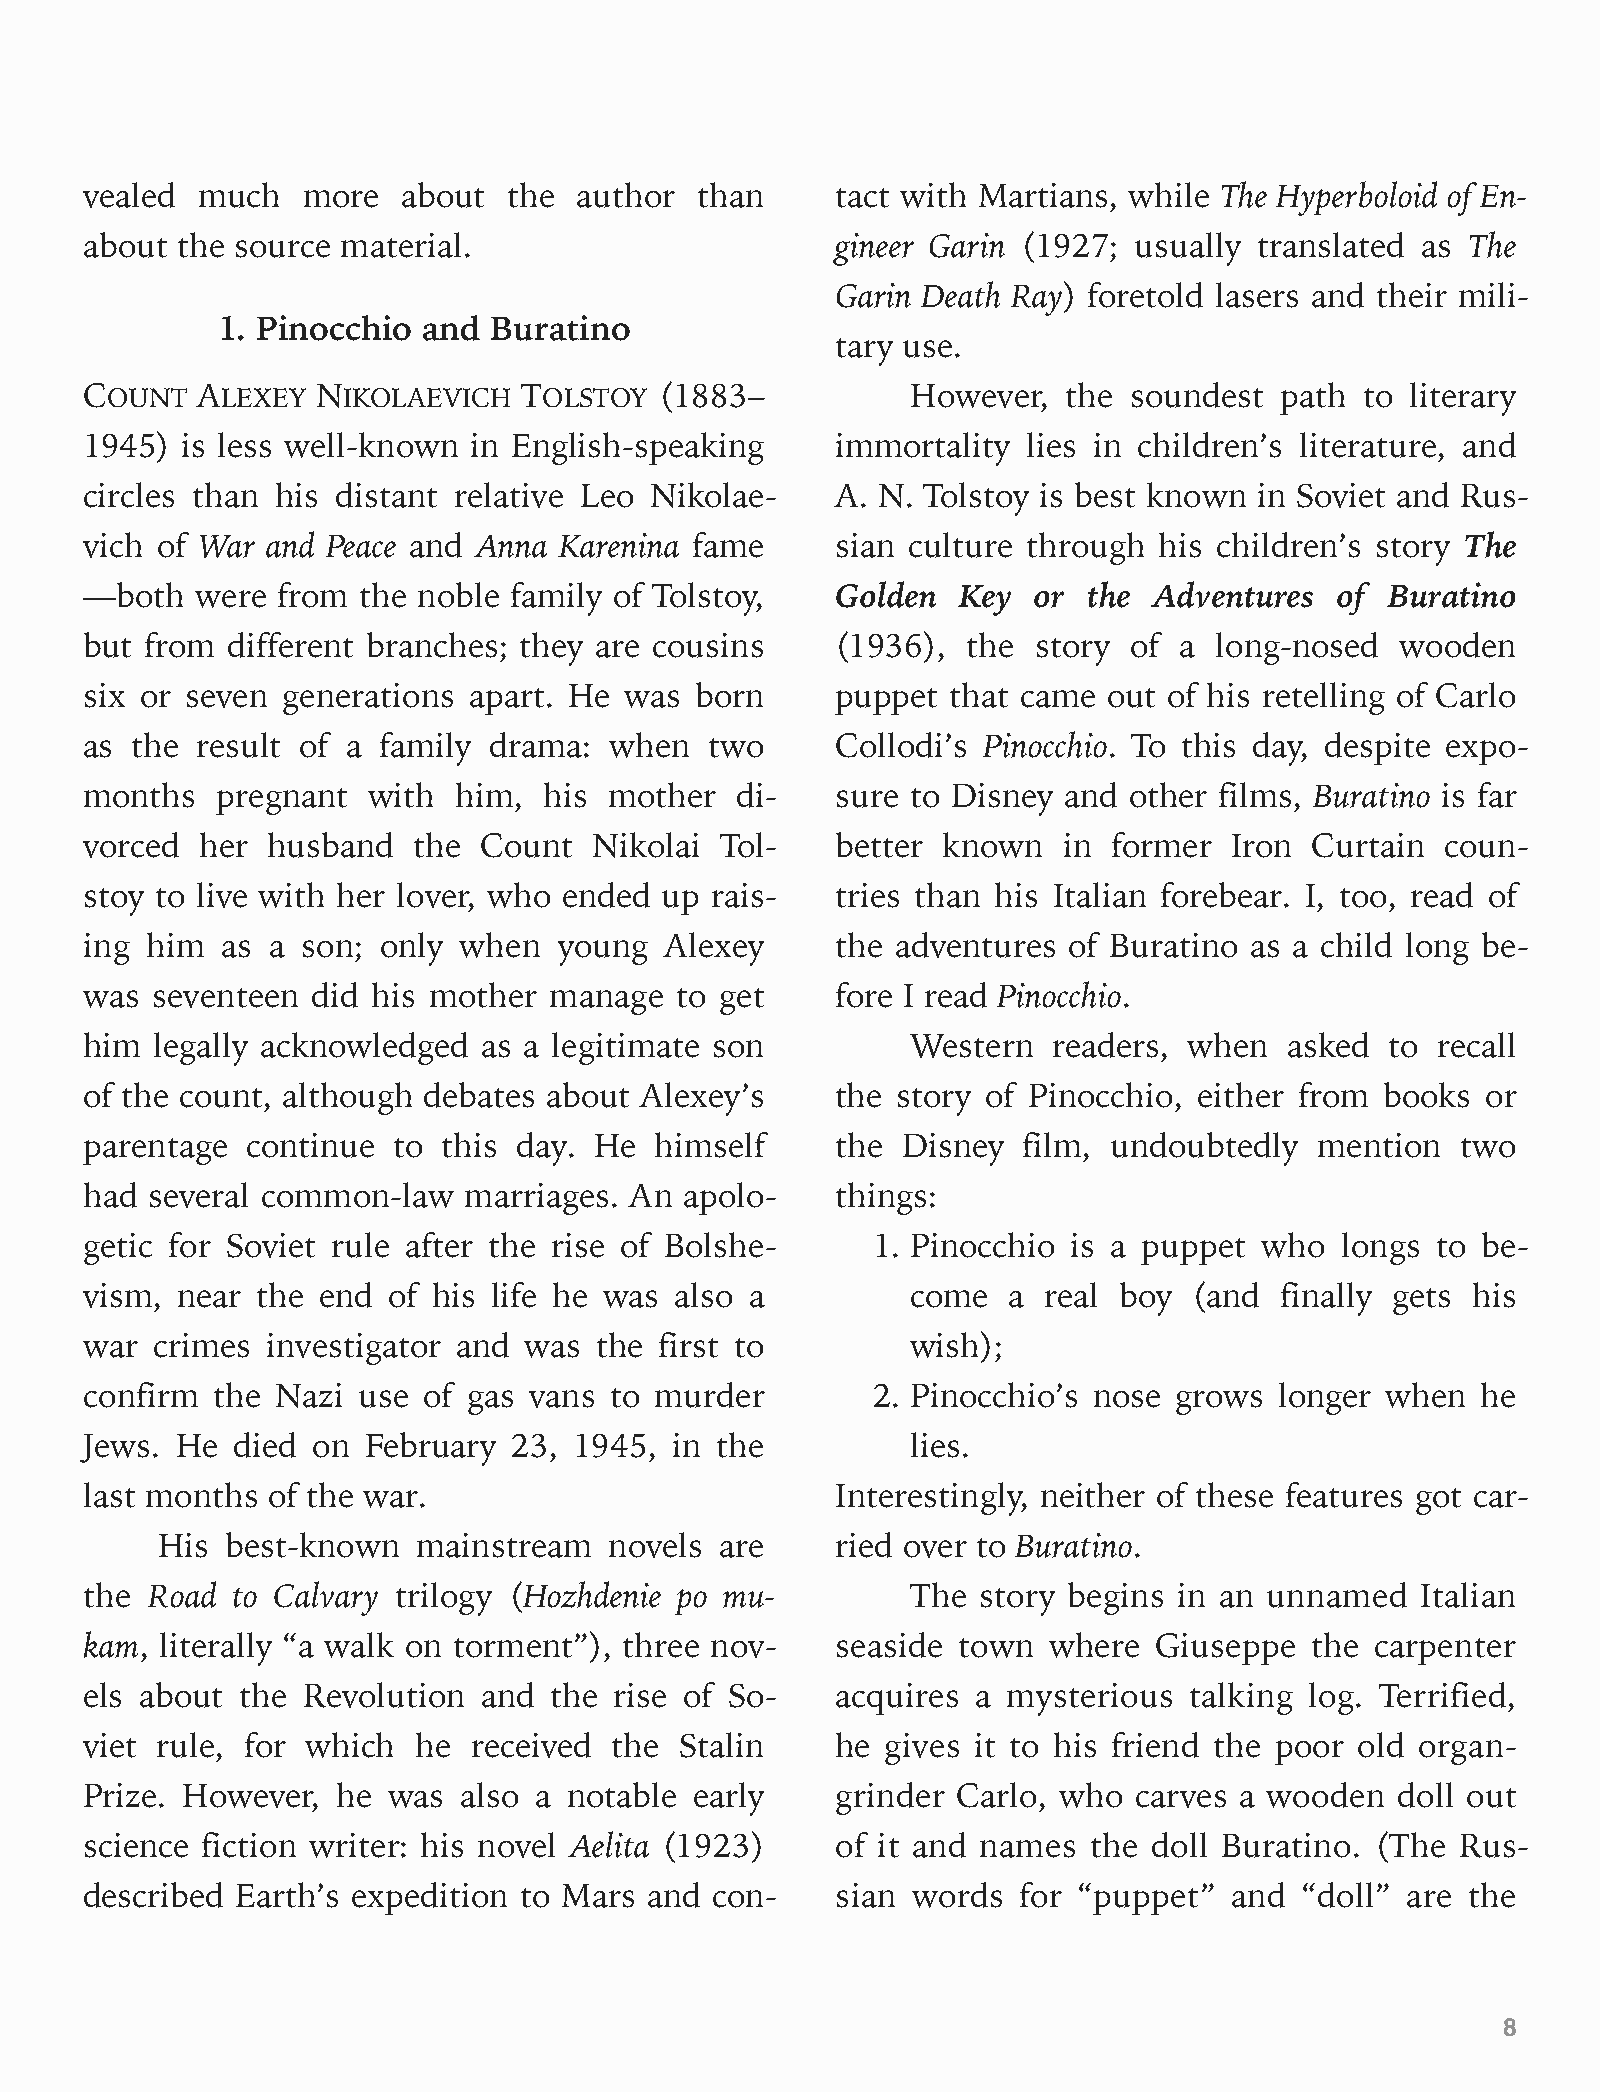
vealed much   more   about  the author  than     tact with Martians, while The Hyperboloid of En-
 about the source material.                       gineer Garin (1927; usually translated as The
 Garin Death Ray) foretold lasers and their mili-
 1. Pinocchio  and  Buratino
 tary use.
 COUNT  ALEXEY  NIKOLAEVICH  TOLSTOY   (1883–          However,   the soundest  path to literary
 1945) is less well-known in English-speaking     immortality  lies in children’s literature, and
 circles than his distant relative Leo Nikolae-   A. N. Tolstoy is best known in Soviet and Rus-
 vich of War and Peace and Anna Karenina fame     sian culture through  his children’s story The
 —both  were from  the noble family of Tolstoy,   Golden   Key or  the Adventures   of Buratino
 but from different branches; they are cousins    (1936),  the  story of a long-nosed   wooden
 six or seven generations apart. He was  born     puppet  that came out of his retelling of Carlo
 as the result of a family drama:  when   two     Collodi’s Pinocchio. To this day, despite expo-
 months  pregnant  with  him,  his mother   di-   sure to Disney and  other films, Buratino is far
 vorced her  husband  the  Count  Nikolai  Tol-   better known   in  former Iron  Curtain  coun-
 stoy to live with her lover, who ended up rais-  tries than his Italian forebear. I, too, read of
 ing him  as a son; only when   young  Alexey     the adventures  of Buratino as a child long be-
 was seventeen  did his mother manage   to get    fore I read Pinocchio.
 him legally acknowledged  as a legitimate son         Western   readers, when  asked  to recall
 of the count, although debates about Alexey’s    the story of Pinocchio, either from  books or
 parentage continue  to this day. He  himself     the  Disney  film, undoubtedly  mention   two
 had several common-law   marriages. An apolo-    things:
 getic for Soviet rule after the rise of Bolshe-     1. Pinocchio is a puppet  who  longs to be-
 vism, near the end  of his life he was also a         come   a real boy  (and  finally gets his
 war crimes  investigator and was the  first to        wish);
 confirm the Nazi  use of gas vans to murder         2. Pinocchio’s nose grows  longer when  he
 Jews. He died  on February  23, 1945,  in the         lies.
 last months of the war.                          Interestingly, neither of these features got car-
 His  best-known   mainstream  novels  are    ried over to Buratino.
 the Road to Calvary trilogy (Hozhdenie po mu-         The  story begins in an unnamed   Italian
 kam, literally “a walk on torment”), three nov-  seaside town  where   Giuseppe  the carpenter
 els about the Revolution  and the  rise of So-   acquires  a mysterious  talking log. Terrified,
 viet rule, for which  he received  the Stalin    he  gives it to his friend the poor old organ-
 Prize. However, he  was  also a notable early    grinder Carlo, who  carves a wooden   doll out
 science fiction writer: his novel Aelita (1923)  of it and names  the doll Buratino. (The  Rus-
 described Earth’s expedition to Mars and con-    sian words  for “puppet”  and  “doll” are the
 8